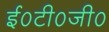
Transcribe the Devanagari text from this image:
ई०टी०जी०